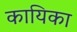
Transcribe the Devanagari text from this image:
कायिका